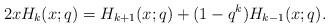
LaTeX: \begin{align*}2xH_{k}(x;q)=H_{k+1}(x;q)+(1-q^{k})H_{k-1}(x;q).\end{align*}